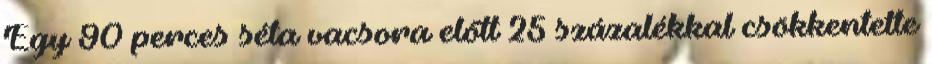
Egy 90 perces séta vacsora előtt 25 százalékkal csökkentette